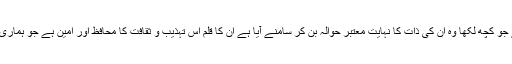
اپنے ماحول اور معاشرے کے حوالے سے انھوں نے جو کچھ لکھا وہ ان کی ذات کا نہایت معتبر حوالہ بن کر سامنے آیا ہے ان کا قلم اس تہذیب و ثقافت کا محافظ اور امین ہے جو ہماری سماجی زندگی میں صدیوں سے پروان چڑھ رہا ہے۔